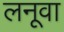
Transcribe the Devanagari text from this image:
लनूवा